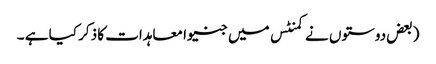
(بعض دوستوں نے کمنٹس میں جنیوا معاہدات کا ذکر کیا ہے ۔